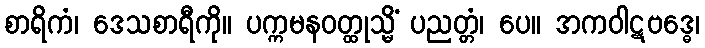
စာရိကံ၊ ဒေသစာရီကို။ ပက္ကမနဝတ္ထုသ္မိံ ပညတ္တံ၊ ပေ။ အကဝါဋဗဒ္ဓေ၊